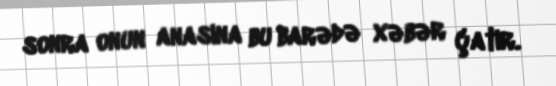
sonra onun anasına bu barədə xəbər çatır.